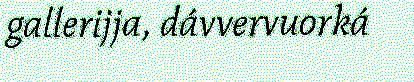
gallerijja, dávvervuorká